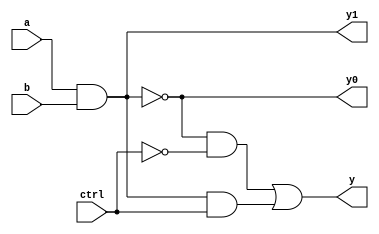
// -------------------------
// Guia_0701 - GATES
// Nome: Gabriel Samarane Ribeiro

module LU(input a, input b, input ctrl, output y0, output y1, output y);

	//Capturando os sinais das portas NAND e AND

	nand gateNand(y0,a,b);
	and  gateAnd (y1,a,b); 

	//Definindo o multiplexador

	wire mux0;
	wire mux1;
	wire not_ctrl;
	
	not NOT(not_ctrl,ctrl);

	and AND0(mux0,y0,not_ctrl);

	and AND1(mux1,y1,ctrl);

	or OR(y,mux0,mux1);

endmodule
	
module LU_test;


    reg a, b, ctrl;
    wire y0, y1, y;
	integer i_ctrl, i_a, i_b; // Variveis locais para a iterao

    // Instanciando o mdulo LU
    LU moduloTeste0(a, b, ctrl, y0, y1, y);

    // Inicializao e teste
    initial begin
        
        $display("ctrl | a | b || NAND | AND | y");
        $display("-----------------------------");
        
        for (i_ctrl = 0; i_ctrl <= 1; i_ctrl = i_ctrl + 1) begin
            for (i_a = 0; i_a <= 1; i_a = i_a + 1) begin
                for (i_b = 0; i_b <= 1; i_b = i_b + 1) begin
                    ctrl = i_ctrl; // Atribuindo valores das variveis locais para os regs
                    a = i_a;
                    b = i_b;
					#10;  // Delay para simular o tempo necessrio para a propagao do sinal
                    $display("%b | %b | %b  || 	%b| 	%b|  %b", ctrl, a, b, y0, y1, y);
                end
            end
        end
        
        $finish;  // Terminar a simulao aps todos os testes
    end

endmodule